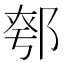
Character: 𨜆